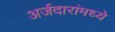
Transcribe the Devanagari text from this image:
अर्जदारांमध्ये